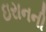
ઇરાનની